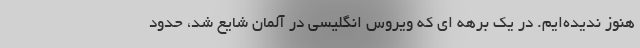
هنوز ندیده‌ایم. در یک برهه ای که ویروس انگلیسی در آلمان شایع شد، حدود